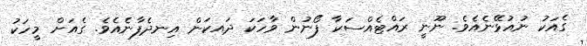
ގެއަކު ނުއުޅޭނެއެވެ. ނޫނީ ރައްޓެއްސަކާ ފޯނުން ވާހަކަ ދައކަން އިނދެފާނެއެވެ. ގެއަށް މީހަކު